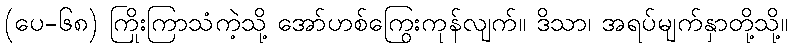
(ပေ-၆၈) ကြိုးကြာသံကဲ့သို့ အော်ဟစ်ကြွေးကုန်လျက်။ ဒိသာ၊ အရပ်မျက်နှာတို့သို့။